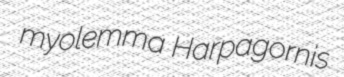
myolemma Harpagornis